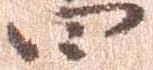
四